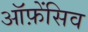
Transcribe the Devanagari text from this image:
ऑफ़ेंसिव